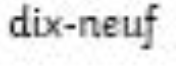
dix-neuf